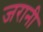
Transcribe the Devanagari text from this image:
जरानी